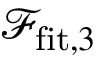
\mathcal { F } _ { \mathrm { f i t } , 3 }